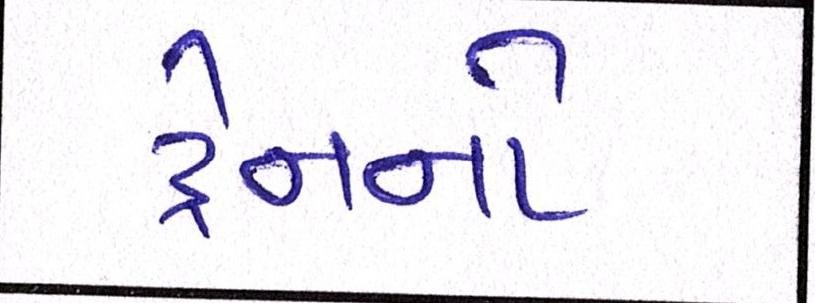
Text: ટ્રેનનો